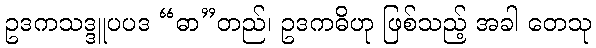
ဥဒကသဒ္ဒူပပဒ “ဓာ”တည်၊ ဥဒကဓိဟု ဖြစ်သည့် အခါ တေသု